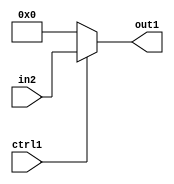
`timescale 1ps / 1ps
/*****************************************************************************
    Verilog RTL Description
    
    
    Created by: CellMath Designer 2019.1.01 
*******************************************************************************/

module fix2float_N_Mux_32_2_49_4_0 (
	in2,
	ctrl1,
	out1
	); /* architecture "behavioural" */ 
input [31:0] in2;
input  ctrl1;
output [31:0] out1;
wire [31:0] asc001;

reg [31:0] asc001_tmp_0;
assign asc001 = asc001_tmp_0;
always @ (ctrl1 or in2) begin
	case (ctrl1)
		1'B1 : asc001_tmp_0 = in2 ;
		default : asc001_tmp_0 = 32'B00000000000000000000000000000000 ;
	endcase
end

assign out1 = asc001;
endmodule

/* CADENCE  uLnxTgw= : u9/ySgnWtBlWxVPRXgAZ4Og= ** DO NOT EDIT THIS LINE ******/